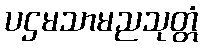
ပဌမသာမညသုတ္တံ